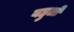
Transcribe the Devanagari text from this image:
बहुतो